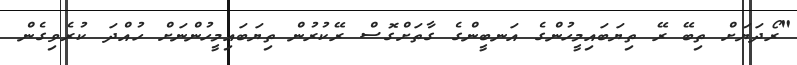
"ރޯދަޔަށް ތިބޭ ރޭ ތިޔަބައިމީހުންގެ އަނބީންގެ ގާތަށްގޮސް ރޭކުރުން ތިޔަބައިމީހުންނަށް ހުއްދަ ކުރެވިގެން